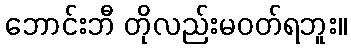
ဘောင်းဘီ တိုလည်းမဝတ်ရဘူး။